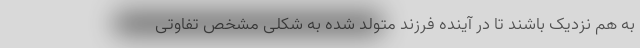
به هم نزدیک باشند تا در آینده فرزند متولد شده به شکلی مشخص تفاوتی